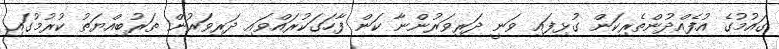
ގައުމުގެ އުފެއްދުންތެރިކަން ގުޅިފައި ވަނީ ދަރިވަރުންނާ ކަން ފާހަގަކުރައްވައި ދަރިވަރުން ތަރުބިއްޔަތު ކުރުމުގައި